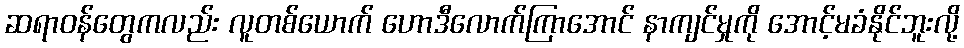
ဆရာဝန်တွေကလည်း လူတစ်ယောက် ဟောဒီလောက်ကြာအောင် နာကျင်မှုကို အောင့်မခံနိုင်ဘူးလို့